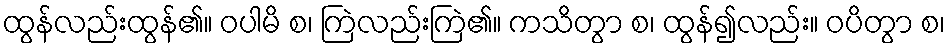
ထွန်လည်းထွန်၏။ ဝပါမိ စ၊ ကြဲလည်းကြဲ၏။ ကသိတွာ စ၊ ထွန်၍လည်း။ ဝပိတွာ စ၊